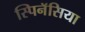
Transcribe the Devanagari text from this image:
स्पिनॅसिया